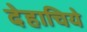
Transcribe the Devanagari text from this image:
देहाचिये